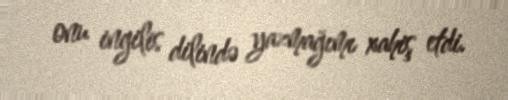
onu ingilis dilində yazmağımı xahiş etdi.